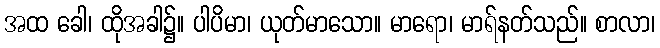
အထ ခေါ၊ ထိုအခါ၌။ ပါပိမာ၊ ယုတ်မာသော။ မာရော၊ မာရ်နတ်သည်။ စာလာ၊